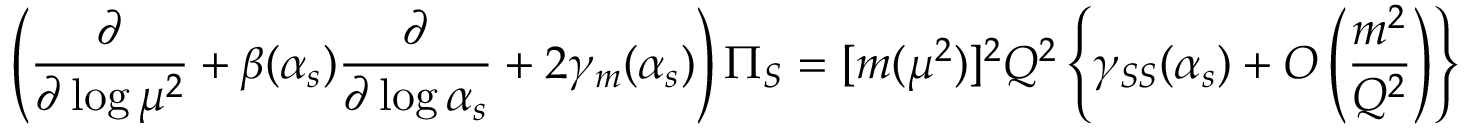
\left( { \frac { \partial } { \partial \log \mu ^ { 2 } } } + \beta ( \alpha _ { s } ) { \frac { \partial } { \partial \log \alpha _ { s } } } + 2 \gamma _ { m } ( \alpha _ { s } ) \right) \Pi _ { S } = [ m ( \mu ^ { 2 } ) ] ^ { 2 } Q ^ { 2 } \left\{ \gamma _ { S S } ( \alpha _ { s } ) + O \left( { \frac { m ^ { 2 } } { Q ^ { 2 } } } \right) \right\}